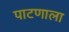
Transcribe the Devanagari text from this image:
पाटणाला